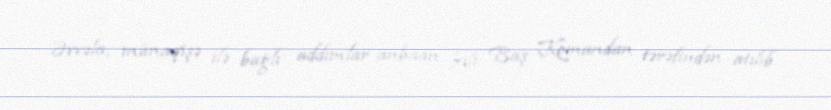
Əvvəla, münaqişə ilə bağlı addımlar anbaan Ali Baş Komandan tərəfindən atılıb